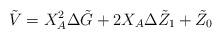
LaTeX: \begin{align*}\tilde{V}&= X_A^2 \Delta \tilde{G} + 2 X_A \Delta \tilde{Z}_1 + \tilde{Z}_0\end{align*}